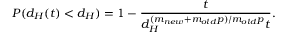
P ( d _ { H } ( t ) < d _ { H } ) = 1 - \frac { t } { d _ { H } ^ { ( m _ { n e w } + m _ { o l d } p ) / m _ { o l d } p } t } .